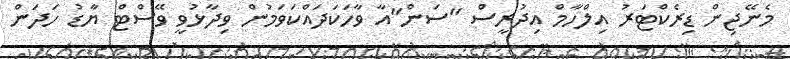
މެނޭޖިން ޑިރެކްޓަރު އިލްހާމް އިދުރީސް "ސަން"އާ ވާހަކަދައްކަވަމުން ވިދާޅުވީ ވޭސްޓް ޔާޑު ހަދަން